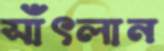
সাঁৎলান